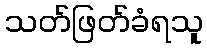
သတ်ဖြတ်ခံရသူ